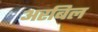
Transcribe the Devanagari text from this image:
अरबिल